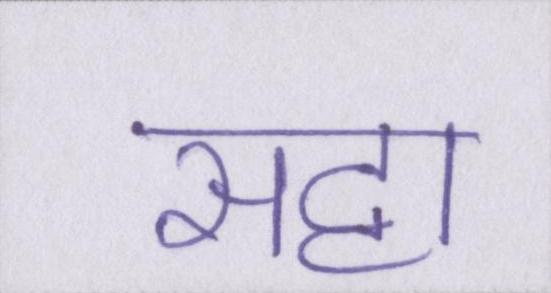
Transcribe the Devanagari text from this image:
सट्टा